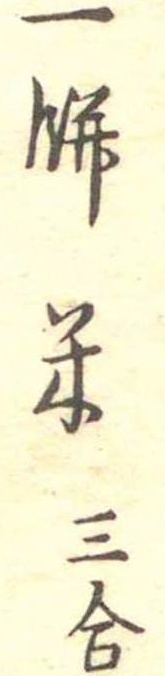
一餅米三合